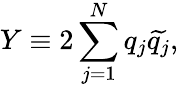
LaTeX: Y\equiv 2\sum_{j=1}^{N}q_{j}\widetilde{q_{j}},